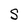
Character: S